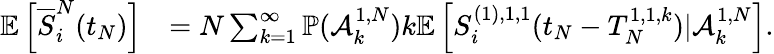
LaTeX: \begin{array}{rl}{\mathbb{E}\left[\overline{{S}}_{i}^{N}(t_{N})\right]}&{=N\sum_{k=1}^{\infty}\mathbb{P}(\mathcal{A}_{k}^{1,N})k\mathbb{E}\left[S_{i}^{(1),1,1}(t_{N}-T_{N}^{1,1,k})|\mathcal{A}_{k}^{1,N}\right].}\end{array}